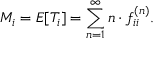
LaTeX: M _ { i } = E [ T _ { i } ] = \sum _ { n = 1 } ^ { \infty } n \cdot f _ { i i } ^ { ( n ) } .